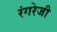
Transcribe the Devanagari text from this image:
रंगरेजी